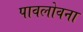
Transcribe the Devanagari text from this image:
पावलोवना